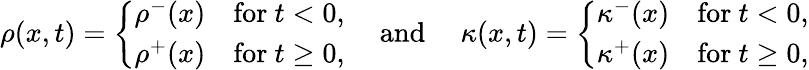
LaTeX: \begin{array}{r}{\rho(x,t)=\left\{ \begin{array}{ll}{\rho^{-}(x)}&{\mathrm{for~}t<0,}\\ {\rho^{+}(x)}&{\mathrm{for~}t\geq 0,}\end{array}\right.\quad\mathrm{~and~}\quad\kappa(x,t)=\left\{ \begin{array}{ll}{\kappa^{-}(x)}&{\mathrm{for~}t<0,}\\ {\kappa^{+}(x)}&{\mathrm{for~}t\geq 0,}\end{array}\right.}\end{array}